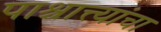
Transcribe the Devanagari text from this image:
पाश्चात्त्यांचा